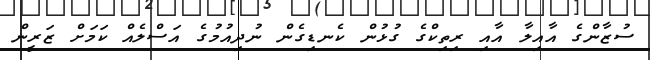
ސުޒާންގެ އާއިލާ އާއި ރިތިކްގެ ގުޅުން ކެނޑިގެން ނުދިއުމުގެ އަސްލެއް ކަމަށް ޒަރީން